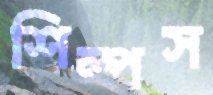
শিল্পস